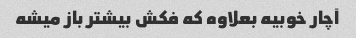
آچار خوبیه بعلاوه که فکش بیشتر باز میشه